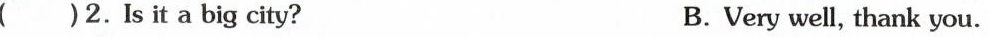
( )2.Is it a big city? B.Very well, thank you.